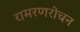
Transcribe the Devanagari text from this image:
रामरणरोचन